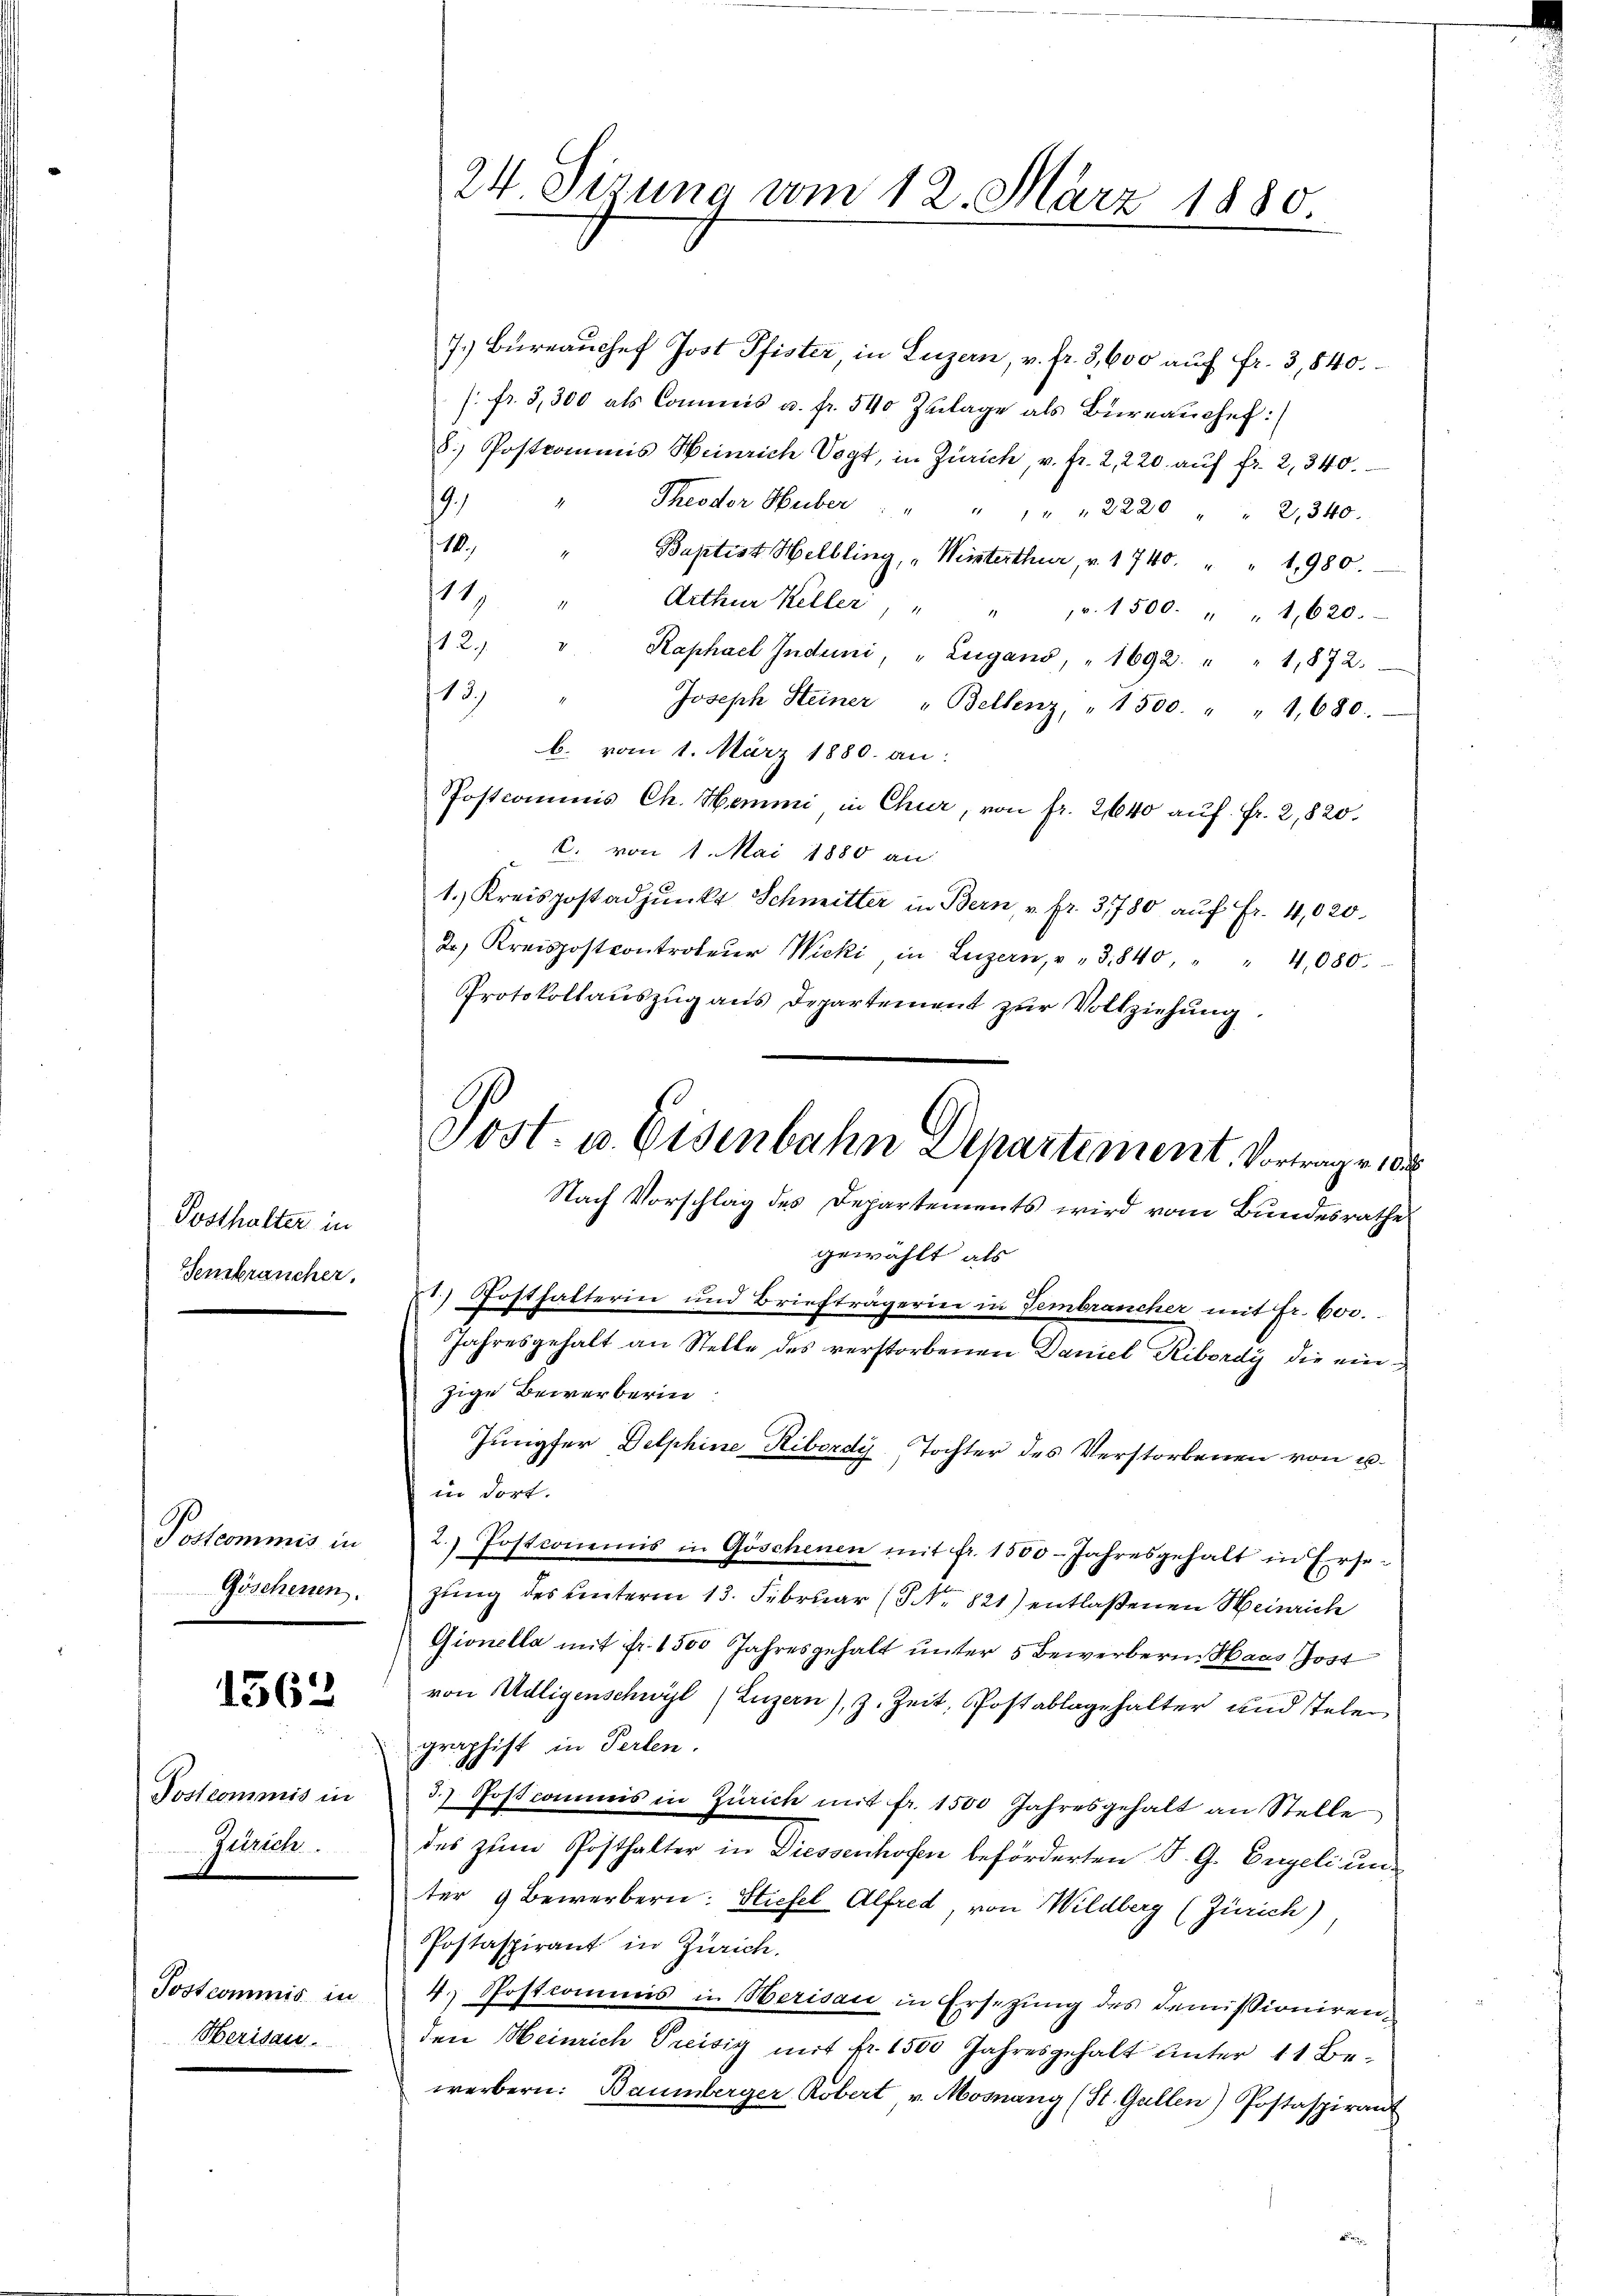
Posthalter in
Semsbräucher.

Postcommis in
Göschenen.

1362

Postcommis in
Zürich.

Postcommis in
Herisau.

24 Sizung vom 12. März 1880.

7.) Büreaŭchef Jost Pfister, in Luzern, v. fr. 3, 600 auf Fr. 3,840.
/. fr. 3,300 als Commis u. fr. 540 Zŭlage als Büreaŭchef:
8.) Postcommis Heinrich Vogt, in Zürich, v. fr. 2, 220. aŭf fr. 2, 340.
19
Theodor Huber " " " " " " 2220 " 2,340.
10.)
Baptist Helbling, „Winterthur, v. 1740. " " 1,980.
11
Arthur Keller, " " " 1500. " " 1,620.
12.
Raphael Indemi, "Lugano, " 1692. " " 1,872.
18.)
Joseph Steiner " Bellenz, " 1500. " " 1,680.
b. vom 1. März 1880. an:
Postcommis Ch. Hemmi in Chur, von fr. 2640 auf Fr. 2, 820.
C. von 1. Mai 1880 an
1. Kreispostadjunkt Schmitter in Bern, u. fr. 31780 auf Fr. 4,020.
2. Kreispostcontrateŭr Wicki in Luzern, " " 3840 " 4,080.
Protokollauszug aus Departement zur Vollziehung.
Nach Vorschlag des Departements wird vom Bundesrathe
gewählt, als
) Posthalterin und Briefträgerin in Tembrancher mit Fr. 600.
Jahresgehalt an Stelle des verstorbenen Daniel Ribordy die einzige Bewerberin
Jungfer Delphine Ribordy, Tochter des Verstorbenen von u.
in dort.
2.) Jostcommis in Göschenen mit fr. 1500 Jahresgehalt in Erse-
zung des unterm 13. Februar (Nr. 821) entlaßenen Weinrich
Gionella mit fr. 1500 Jahresgehalt unter 5 Bewerbern. Haas Jost
von Adligenschwyl (Luzern), z. Zeit, Postablagehalter und stehen
graphist in Perlen.
3. Postcommis in Zürich mit fr. 1500 Jahresgehalt an Stelle
des zum Posthalter in Diessenhofen beförderten F. G. Engeli unter 9 Bewerbern: Stiefel Alfred von Wildberg (Zürich)
Postaspirant in Zürich.
4. Postcommis in Berisau in Ersetzung des demissionirenden Heinrich Preisig mit fr. 1500 Jahresgehalt ŭnter 11 Be-
werbern: Baumberger, Robert v. Mosnang (St. Gallen) Postaspirant

Sost. u. Eisenbahn Departement. Vortrage 10.